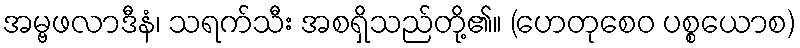
အမ္ဗဖလာဒီနံ၊ သရက်သီး အစရှိသည်တို့၏။ (ဟေတုစေဝ ပစ္စယောစ)